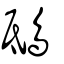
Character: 鴟